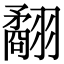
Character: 𦒑